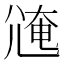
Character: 𡯸